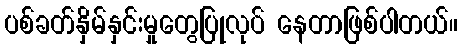
ပစ်ခတ်နှိမ်နှင်းမှုတွေပြုလုပ် နေတာဖြစ်ပါတယ်။